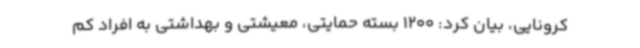
کرونایی، بیان کرد: 1200 بسته حمایتی، معیشتی و بهداشتی به افراد کم